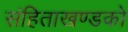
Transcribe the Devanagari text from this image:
संहिताखण्डको